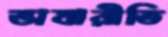
ভাষারীতি